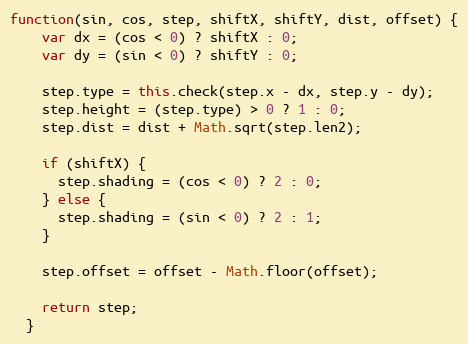
Language: JavaScript
function(sin, cos, step, shiftX, shiftY, dist, offset) {
    var dx = (cos < 0) ? shiftX : 0;
    var dy = (sin < 0) ? shiftY : 0;

    step.type = this.check(step.x - dx, step.y - dy);
    step.height = (step.type) > 0 ? 1 : 0;
    step.dist = dist + Math.sqrt(step.len2);

    if (shiftX) {
      step.shading = (cos < 0) ? 2 : 0;
    } else {
      step.shading = (sin < 0) ? 2 : 1;
    }

    step.offset = offset - Math.floor(offset);

    return step;
  }